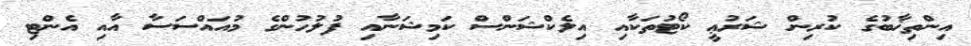
އިންތިޚާބުގެ ކުރިން ޝަރުޢީ ކޯޓުތަކާއި އިލެކްޝަންސް ކަމިޝަނާއި ފުލުހުންގެ މުއައްސަސާ އާއި އެންޓި